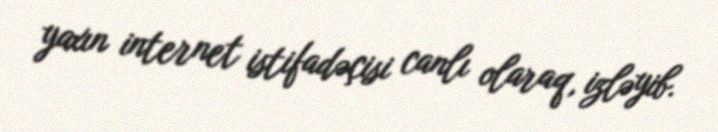
yaxın internet istifadəçisi canlı olaraq, izləyib.